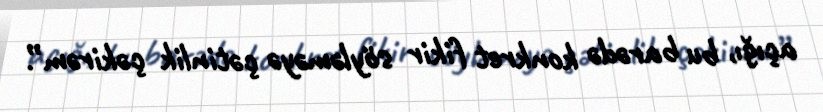
açığı, bu barədə konkret fikir söyləməyə çətinlik çəkirəm”.